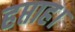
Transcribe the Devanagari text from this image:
हप्ताह।